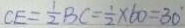
C E = \frac { 1 } { 2 } B C = \frac { 1 } { 2 } \times 6 0 = 3 0 ^ { \circ }